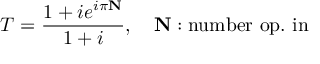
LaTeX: T = \frac { 1 + i e ^ { i \pi \mathbf { N } } } { 1 + i } , \quad \mathbf { N } : \mathrm { n u m b e r ~ o p . ~ i n ~ }